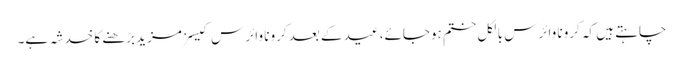
چاہتے ہیں کہ کرونا وائرس بالکل ختم ہوجائے، عید کے بعد کرونا وائرس کیسز مزید بڑھنے کا خدشہ ہے۔